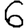
Digit: 6